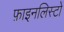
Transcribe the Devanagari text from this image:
फ़ाइनलिस्टों